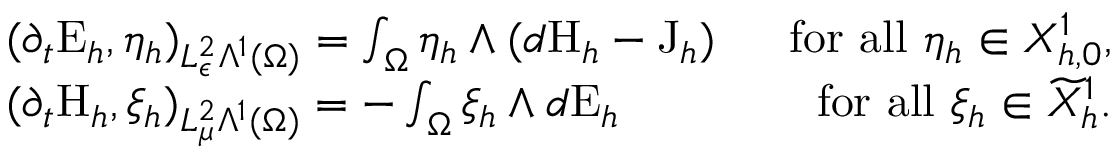
\begin{array} { r l r } & { ( \partial _ { t } \mathrm { E } _ { h } , \eta _ { h } ) _ { L _ { \epsilon } ^ { 2 } \Lambda ^ { 1 } ( \Omega ) } = \int _ { \Omega } \eta _ { h } \wedge ( d \mathrm { H } _ { h } - \mathrm { J } _ { h } ) \; } & { \mathrm { ~ f o r ~ a l l ~ } \eta _ { h } \in X _ { h , 0 } ^ { 1 } , } \\ & { ( \partial _ { t } \mathrm { H } _ { h } , \xi _ { h } ) _ { L _ { \mu } ^ { 2 } \Lambda ^ { 1 } ( \Omega ) } = - \int _ { \Omega } \xi _ { h } \wedge d \mathrm { E } _ { h } \; } & { \mathrm { ~ f o r ~ a l l ~ } \xi _ { h } \in \widetilde { X } _ { h } ^ { 1 } . } \end{array}